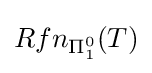
Rfn_{\Pi _{1}^{0}}(T)